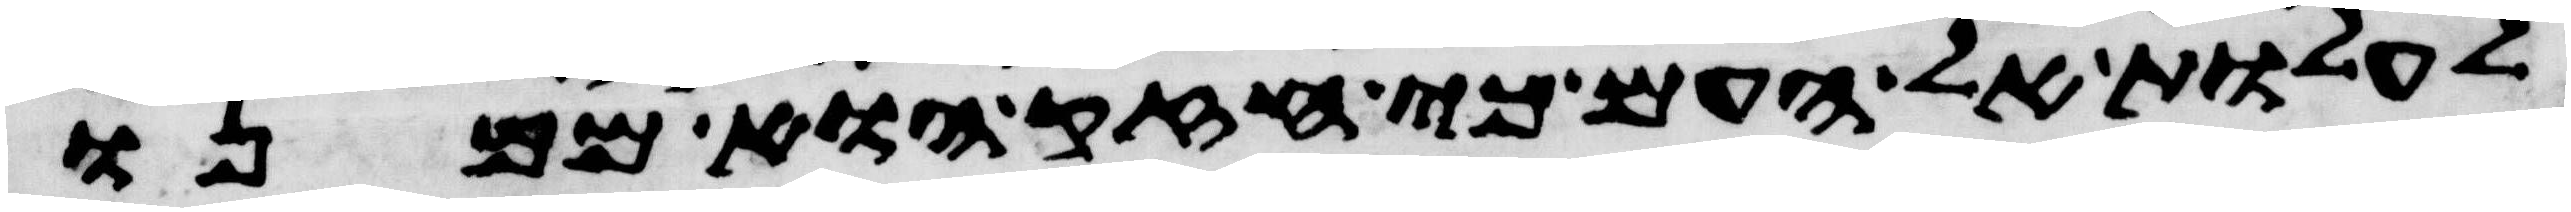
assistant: לעלות אל העם כי חזק הוא ממנו